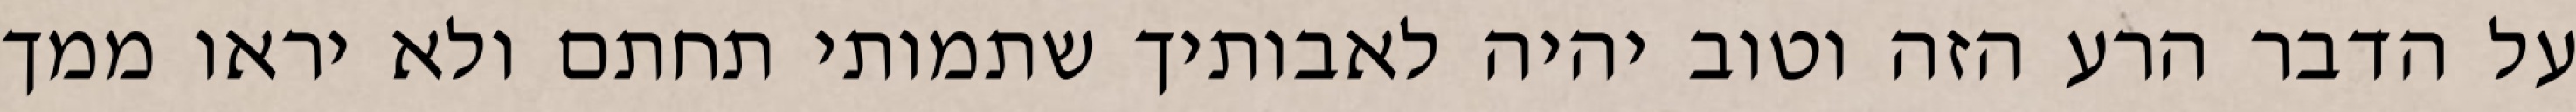
על הדבר הרע הזה וטוב יהיה לאבותיך שתמותי תחתם ולא יראו ממך